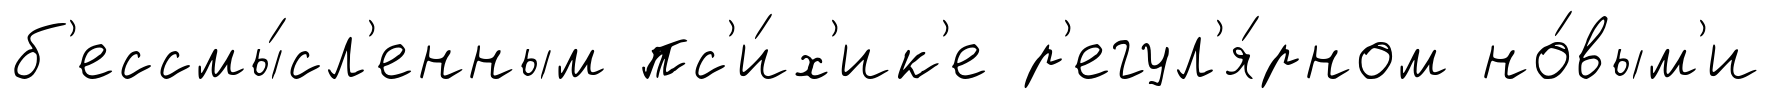
б'ессмы́сл'енным пс'и́х'ик'е р'егул'я́рном но́вым'и